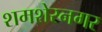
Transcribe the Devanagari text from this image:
शमशेरनगर